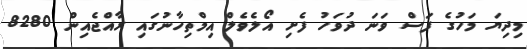
މިދިޔަ މަހުގެ ފަސް ވަނަ ދުވަހު ފެށި އޯލެވެލް އިމްތިހާނުގައި ރާއްޖެއިން 8280